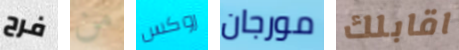
فرح من روكس مورجان اقابلك